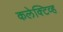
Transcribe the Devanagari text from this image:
कलेक्टिव्ह